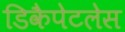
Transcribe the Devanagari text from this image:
डिकैपेटलेस